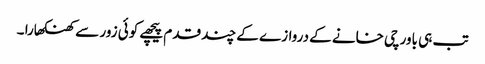
تب ہی باورچی خانے کے دروازے کے چند قدم پیچھے کوئی زور سے کھنکھارا ۔